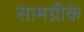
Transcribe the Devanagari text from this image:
सामग्रीके